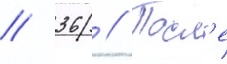
// 36 // Посл'е